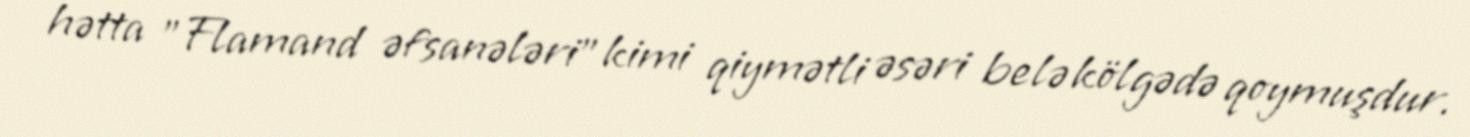
hətta "Flamand əfsanələri" kimi qiymətli əsəri belə kölgədə qoymuşdur.